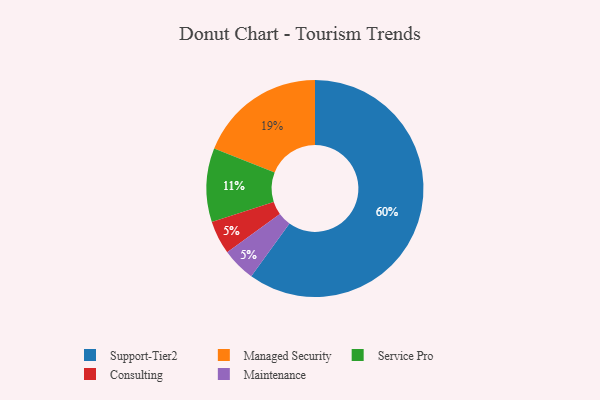
{"axis": {"x": "Category", "y": "Percentage"}, "legend": ["Consulting", "Maintenance", "Managed Security", "Service Pro", "Support-Tier2"], "data": [{"x": "Consulting", "y": 5, "type": "Consulting"}, {"x": "Support-Tier2", "y": 60, "type": "Support-Tier2"}, {"x": "Service Pro", "y": 11, "type": "Service Pro"}, {"x": "Maintenance", "y": 5, "type": "Maintenance"}, {"x": "Managed Security", "y": 19, "type": "Managed Security"}]}